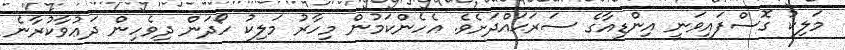
މަލިކު ގޮސްފައިވަނީ އިންޑިއާގެ ސަރަޙައްދަށެވެ. އެހެންކަމުން މިހާރު މަލިކު ހޯދަން ދިވެހިން ދަޢުވާކުރާނެ